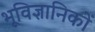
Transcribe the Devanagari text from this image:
भूविज्ञानिकों